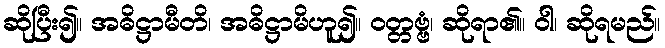
ဆိုပြီး၍။ အဓိဋ္ဌာမီတိ၊ အဓိဋ္ဌာမိဟူ၍။ ဝတ္တဗ္ဗံ၊ ဆိုရာ၏။ ဝါ၊ ဆိုရမည်။